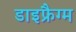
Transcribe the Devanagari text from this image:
डाइफ्रैग्म